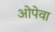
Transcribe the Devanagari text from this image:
ओपेवा